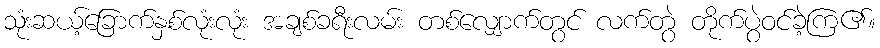
သုံးဆယ့်ခြောက်နှစ်လုံးလုံး အချစ်ခရီးလမ်း တစ်လျှောက်တွင် လက်တွဲ တိုက်ပွဲဝင်ခဲ့ကြ၏။